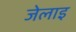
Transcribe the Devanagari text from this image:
जेलाइ